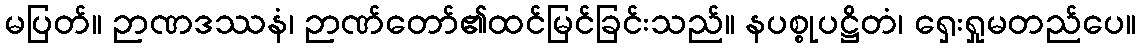
မပြတ်။ ဉာဏဒဿနံ၊ ဉာဏ်တော်၏ထင်မြင်ခြင်းသည်။ နပစ္စုပဋ္ဌိတံ၊ ရှေးရှုမတည်ပေ။